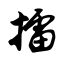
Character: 擂